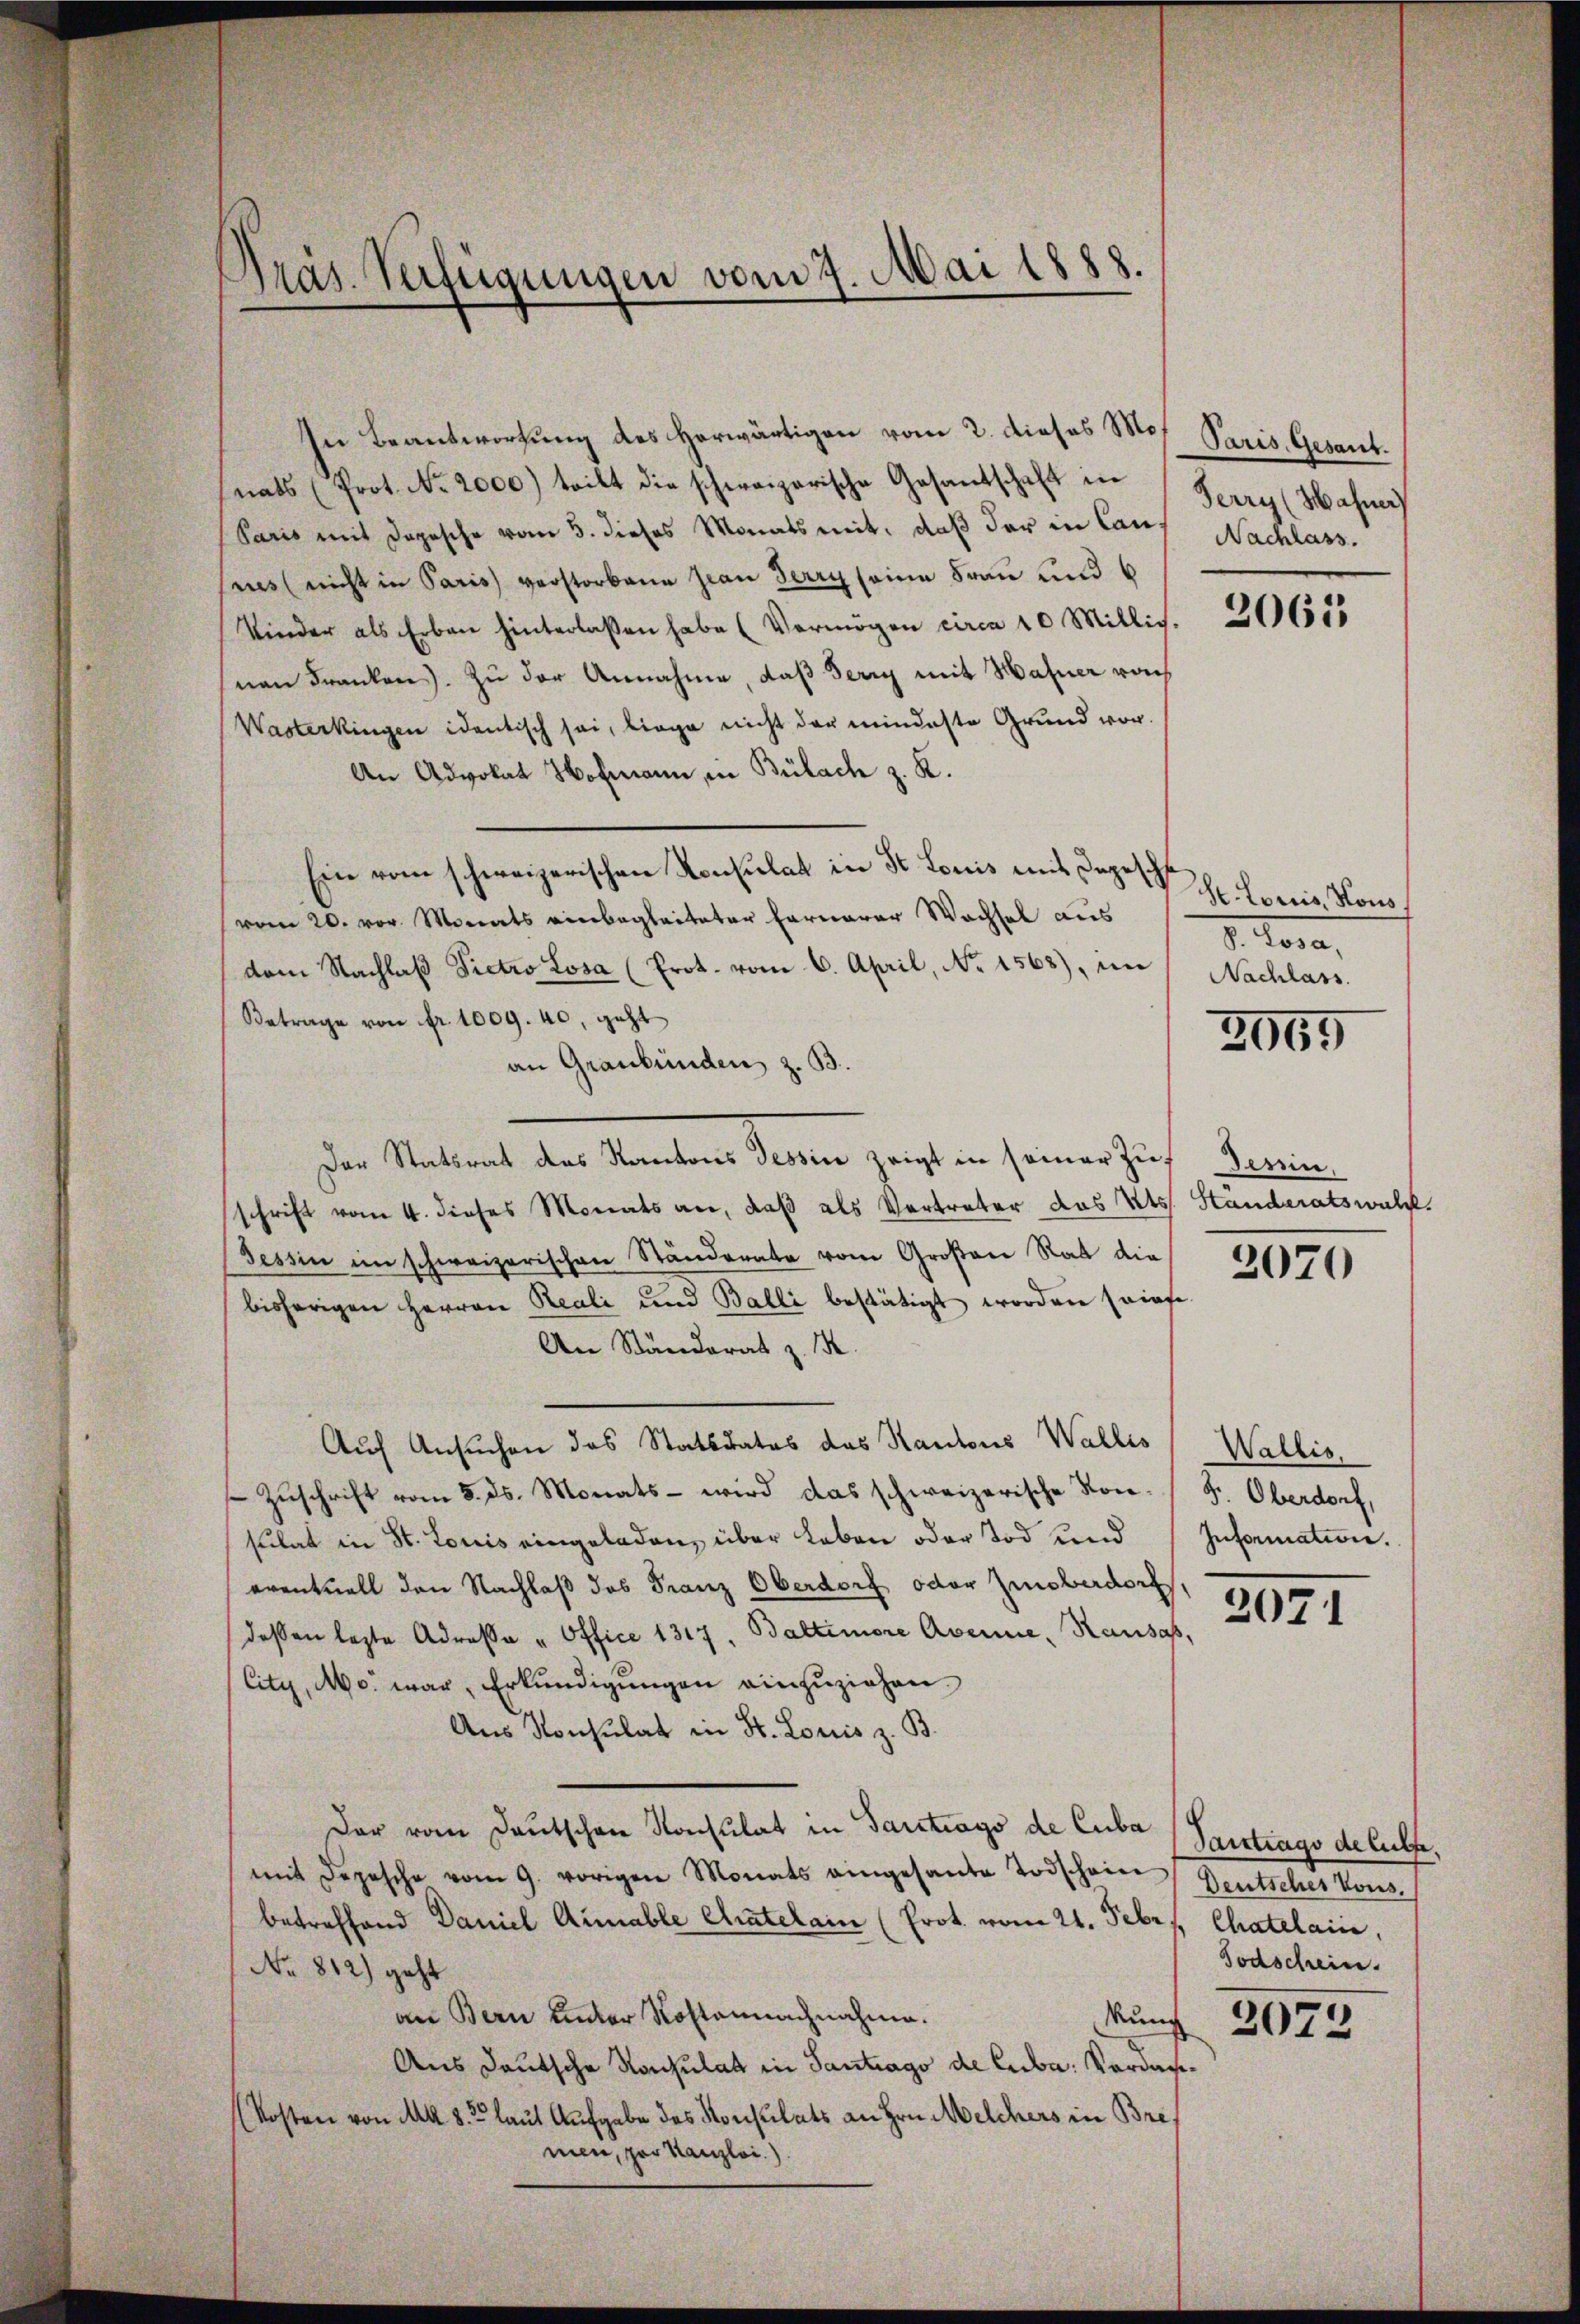
Präs. Verfügungen vom 7. Mai 1888.

In Beantwortung des herwärtigen vom 2. dieses Mo
(nats (Prot. No. 2000) teilt die schweizerische Gesantschaft in Serry (Hafner)
Paris mit Depesche vom 5. dieses Monats mit, daß der in Canres (nicht in Paris verstorbene sian Berry seine Frau und 6
Kinder als Erben hinterlassen habe (Vermögen circa 10 Mitlich.
snen Franken. Zu der Annahme, daß Serry mit Hahner rach
Wasterkingen identisch sei, liege nicht der mindeste Grund vor.
An Advokat Hofmann, in Bülach z. K.
Ein vom schweizerischen Konsulat in St. Louis mit Depeschl
vom 20. vor. Monats einbegleiteter Fernerer Wachsel aus
dem Nachlaβ Pietro Losa (Prot. vom 6. April, No 1563), im Nachlass
Betrage von fr. 1009. 40, geht
an Graubünden, z. B.
Der Statirat des Kantons Tessin zeigt in seiner Zur Gemein
schrift vom 4. dieses Monats an, daß als Vertreter das Kts. Standeratswald.
Tessin im schweizerischen Ständerate vom Großen Rat die
bisherigen Herren Reali und Balli bestätigt worden sriefe.
An Ständerat z. B.
Auf Ansuchen das Statsdates das Kantons Wallis
 Zŭschrift vom 5. ds. Monats - wird das schweizerische Kon-F. Oberdorf,
sulat in St. Louis eingeladen, über Leben oder Tod und
eventuell den Nachlaß das Franz Oberdorf oder Zinsberdorf
dessen lezte Adressa " Office 1317, Baltimore Avenne, Kausas,
City, Mo war, Erkundigungen einzuziehen.
Aus Konsulat in St. Louis z. B.
Der vom Deutschen Konsulat in Gantrags de Cuba Gertrags de lebte,
mit Depesche vom 9. vorigen Monats eingesante Todschein Deutsches Kons.
betreffend Daniel Arable Kratelain (Prot. vom 21. Febr.
No 812) geht
an Bern ander Rostannachnahme.
Mung
Aus deutsche Konsulat in Santrags de Cuba: Verdan¬
Kosten von Ma 83 laut Aufgabe des Konsulats an Hrn. Welchers in Bremen, zur Kanzlei.).

Paris, Gesant.
Nachlass.

2063

St. Loriis, Hous
d. Rosa,

3959

2070

Wallis,
Information.

2071

Chatelain,
Todschein.

2075